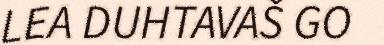
LEA DUHTAVAŠ GO